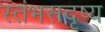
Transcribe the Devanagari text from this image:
स्तंभसदृष्य